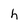
Character: h